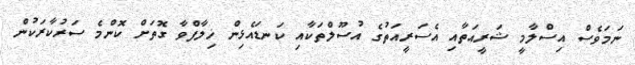
ނަމަވެސް އިސްލާމީ ޝަރީއަތާއި އެސަރީއަތުގެ އުސޫލްތަކާއި ކަނޑައެޅިން ޚިލާފްވާ ގޮތަށް ކޮންމެ ސަރުކާރަކުން